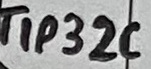
Text: TIP32C